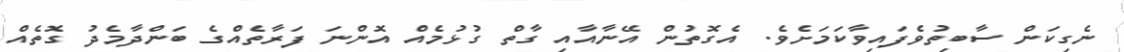
ނެގިކަން ސާބިތުވެފައިވާކަމަށެވެ. އެގޮތުން އޭނާއާއި ގާތް ގުޅުމެއް އޮންނަ ފަރާތެއްގެ ބަންދާމެދު ގޮތެއް